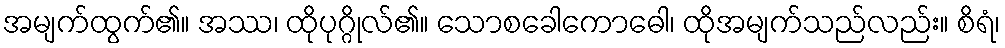
အမျက်ထွက်၏။ အဿ၊ ထိုပုဂ္ဂိုလ်၏။ သောစခေါကောဓေါ၊ ထိုအမျက်သည်လည်း။ စိရံ၊